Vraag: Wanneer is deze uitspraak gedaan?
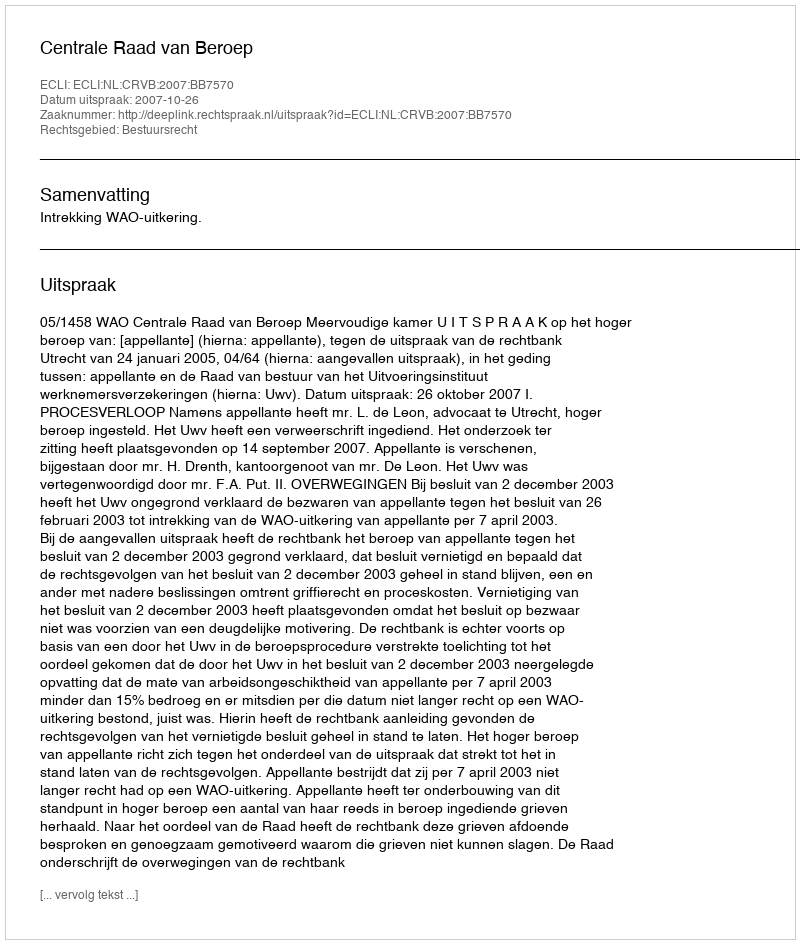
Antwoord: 2007-10-26